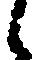
候